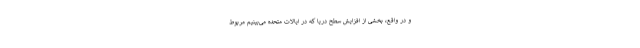
و در واقع، بخشی از افزایش سطح دریا که در ایالات متحده می‌بینیم مربوط